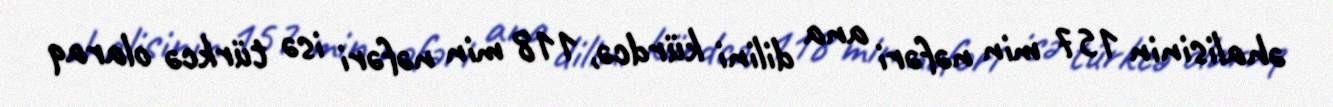
əhalisinin 157 min nəfəri ana dilini kürdcə, 118 min nəfəri isə türkcə olaraq